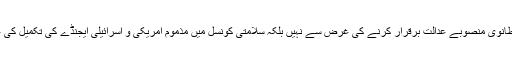
محمد علی الحوثی نے کہا کہ برطانوی منصوبے عدالت برقرار کرنے کی غرض سے نہیں بلکہ سلامتی کونسل میں مذموم امریکی و اسرائیلی ایجنڈے کی تکمیل کی غرض سے تیار کئے جاتے ہیں۔